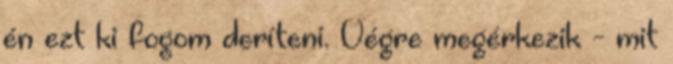
én ezt ki fogom deríteni. Végre megérkezik - mit